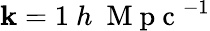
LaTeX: \mathbf{k}=1\ h\ \mathrm{{~M~p~c~}}^{-1}